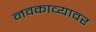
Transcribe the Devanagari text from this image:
नवकाव्यावर